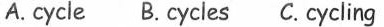
##A. cycle B. Cycles C.Cycling ##